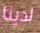
لدينا